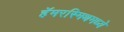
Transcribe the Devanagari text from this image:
हॅमरस्मिथमध्ये